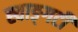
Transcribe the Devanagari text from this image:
ह्वाङ्‌गटी